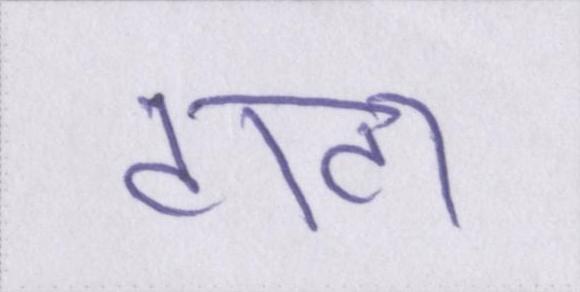
टाटा